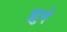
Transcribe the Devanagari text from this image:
झुबे